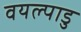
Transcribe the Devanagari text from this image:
वयल्पाडु